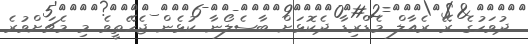
ދުވަހުގެ ރޭ ރެއާލް މެޑްރިޑާ ދެކޮޅަށް ބާސެލޯނާ ކުޅެން ޖެހޭތީވެ މި މެޗަށްވުރެ